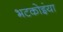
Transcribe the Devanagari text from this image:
भटकोइंया